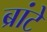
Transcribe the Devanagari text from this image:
ब्रांटे